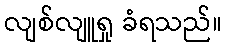
လျစ်လျူရှု ခံရသည်။